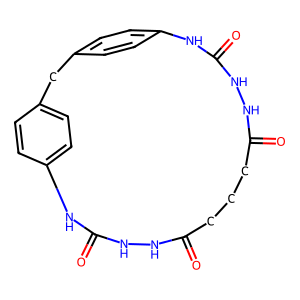
SMILES: O=C1CCCC(=O)NNC(=O)Nc2ccc(cc2)Cc2ccc(cc2)NC(=O)NN1
Inhibits HIV replication: No